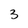
Character: 3